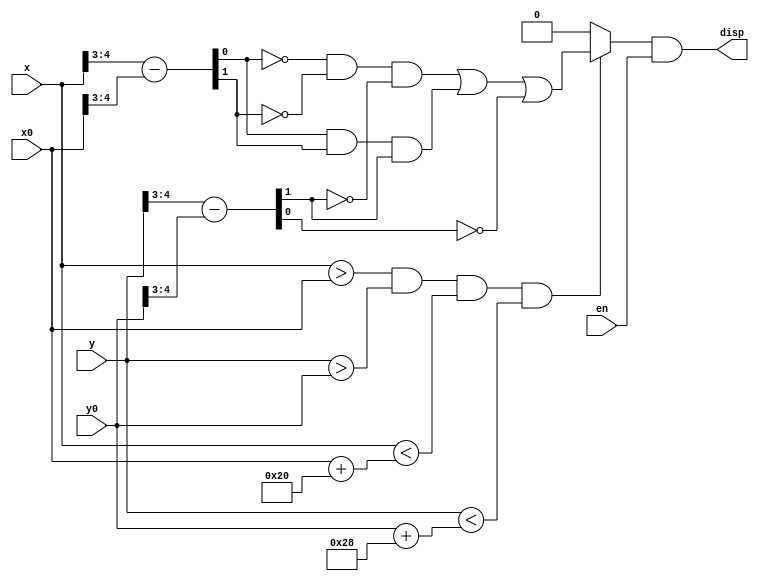
module S(
	input [9:0]x,y,x0,y0,
	input en,
	output disp
);

	wire [1:0] x_diff;
	wire [2:0] y_diff;
	wire check;
	
	assign x_diff = x[4:3] - x0[4:3];
	assign y_diff = y[5:3] - y0[5:3];	
	
	assign check = (x>x0 && y>y0 && x < (x0 + 10'b0000100000) && y < (y0 + 10'b0000101000))?(~x_diff[0]&~x_diff[1]&~y_diff[1])|(x_diff[0]&x_diff[1]&y_diff[1])|~y_diff[0]:0;

    assign disp = check&en;
		
endmodule